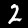
Label: 2